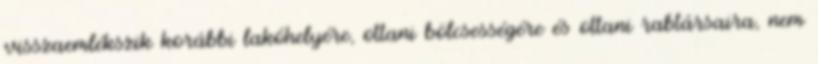
visszaemlékszik korábbi lakóhelyére, ottani bölcsességére és ottani rabtársaira, nem